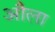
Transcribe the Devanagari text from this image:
औला